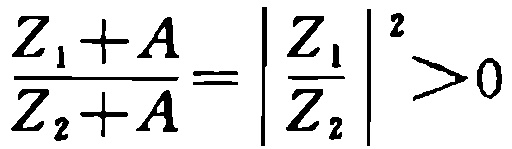
\(\frac{Z_{1}+A}{Z_{2}+A}=\left|\frac{Z_{1}}{Z_{2}}\right|^{2}>0\)